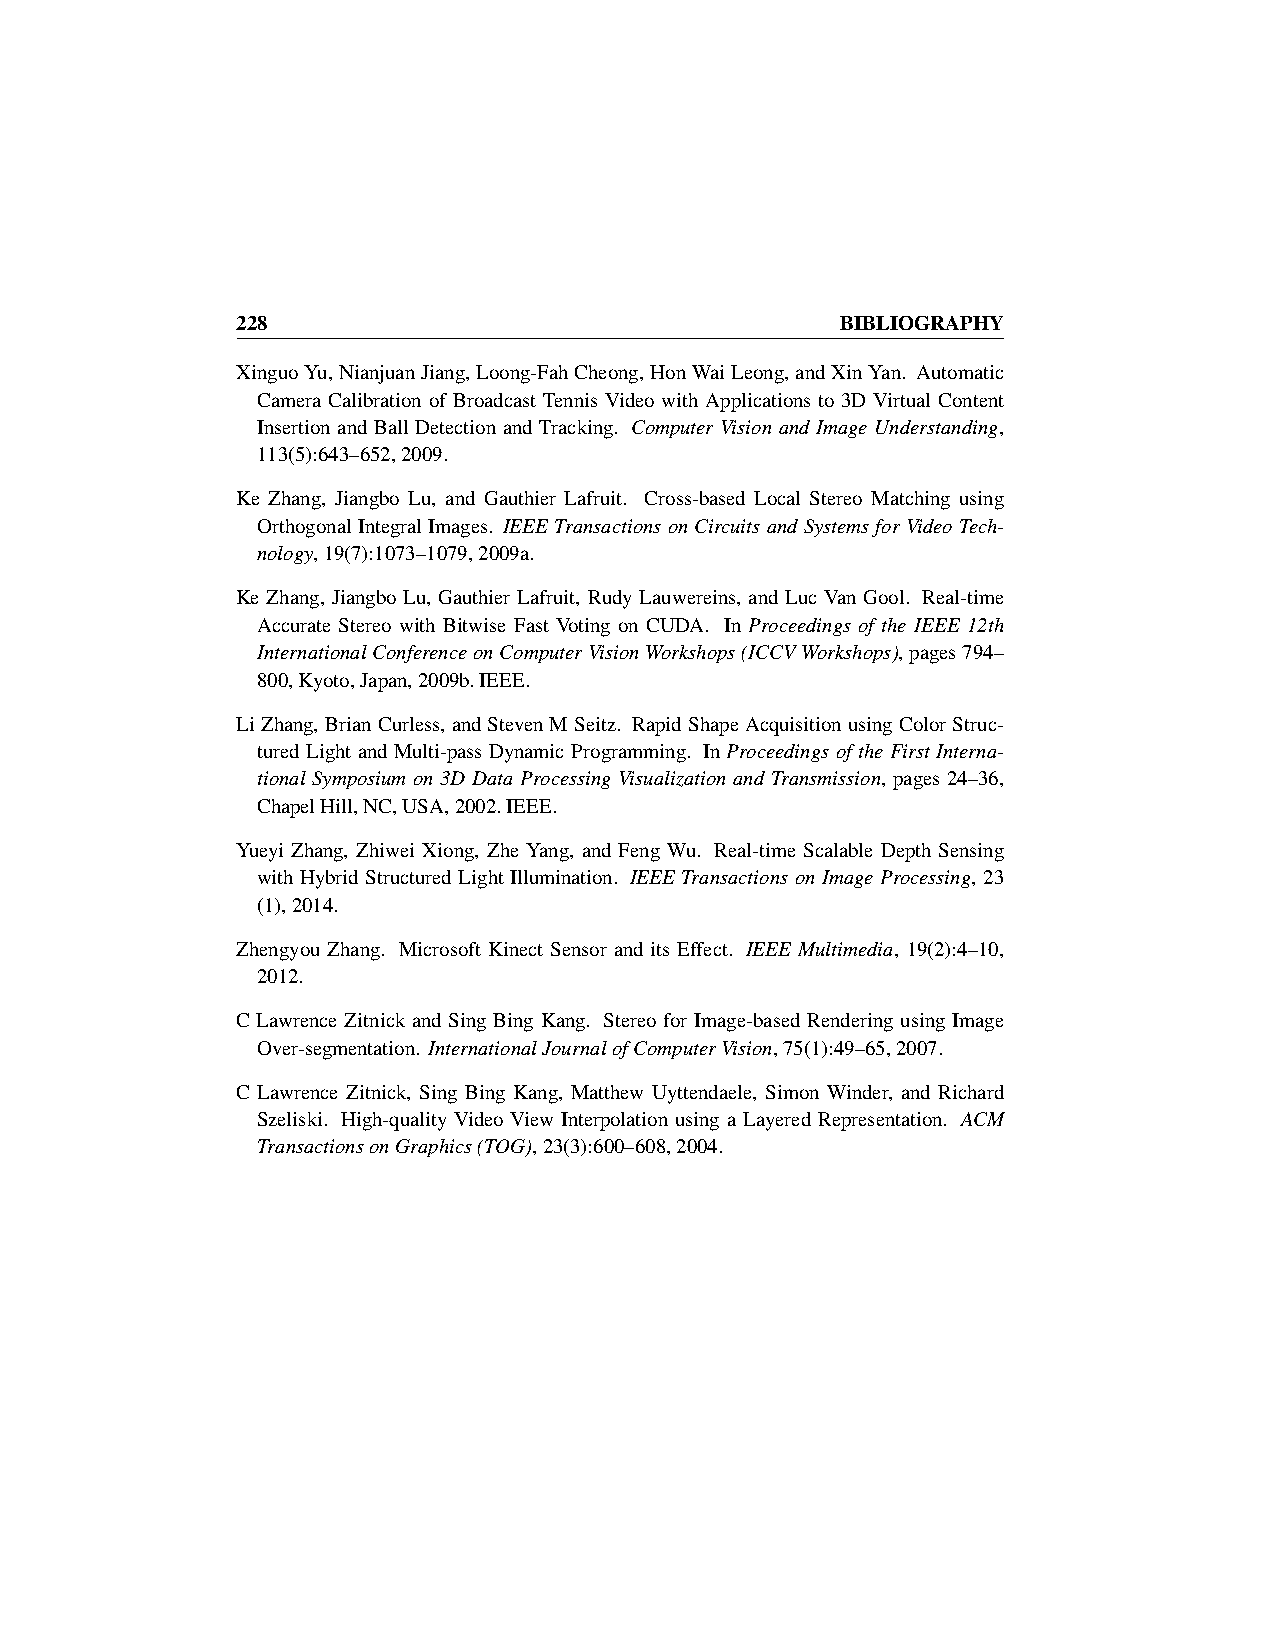
228                                     BIBLIOGRAPHY
 XinguoYu,NianjuanJiang,Loong-FahCheong,HonWaiLeong,andXinYan. Automatic
 Camera Calibration of Broadcast Tennis Video with Applications to 3D Virtual Content
 Insertion and Ball Detection and Tracking. Computer Vision and Image Understanding,
 113(5):643–652,2009.
 Ke Zhang, Jiangbo Lu, and Gauthier Lafruit. Cross-based Local Stereo Matching using
 OrthogonalIntegralImages. IEEETransactionsonCircuitsandSystemsforVideoTech-
 nology,19(7):1073–1079,2009a.
 Ke Zhang, Jiangbo Lu, Gauthier Lafruit, Rudy Lauwereins, and Luc Van Gool. Real-time
 Accurate Stereo with Bitwise Fast Voting on CUDA. In Proceedings of the IEEE 12th
 InternationalConferenceonComputerVisionWorkshops(ICCVWorkshops),pages794–
 800,Kyoto,Japan,2009b.IEEE.
 LiZhang, BrianCurless, andSteven MSeitz. Rapid ShapeAcquisition usingColor Struc-
 tured Light and Multi-pass Dynamic Programming. In Proceedings of the First Interna-
 tional Symposium on 3D Data Processing Visualization and Transmission, pages 24–36,
 ChapelHill,NC,USA,2002.IEEE.
 Yueyi Zhang, Zhiwei Xiong, Zhe Yang, and Feng Wu. Real-time Scalable Depth Sensing
 with Hybrid Structured Light Illumination. IEEE Transactions on Image Processing, 23
 (1),2014.
 Zhengyou Zhang. Microsoft Kinect Sensor and its Effect. IEEE Multimedia, 19(2):4–10,
 2012.
 C Lawrence Zitnick and Sing Bing Kang. Stereo for Image-based Rendering using Image
 Over-segmentation. InternationalJournalofComputerVision,75(1):49–65,2007.
 C Lawrence Zitnick, Sing Bing Kang, Matthew Uyttendaele, Simon Winder, and Richard
 Szeliski. High-quality Video View Interpolation using a Layered Representation. ACM
 TransactionsonGraphics(TOG),23(3):600–608,2004.